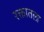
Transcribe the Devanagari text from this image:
रक्तातला